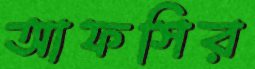
আফসির